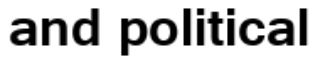
and political